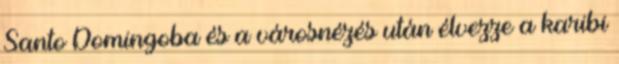
Santo Domingoba és a városnézés után élvezze a karibi